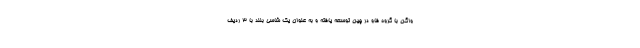
واگن با گروه فاو در چین توسعه یافته و به عنوان یک شاسی بلند با 3 ردیف